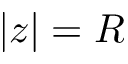
| z | = R